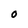
Character: O